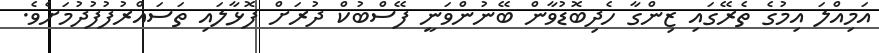
އަމިއްލަ އިމުގެ ތެރޭގައި ޒިންގާ ހެދިބޮޑުވާން ބޭނުންވަނީ ފޭސްބުކް ދުރަށް ފޮޅާލައި ތަސައްރުފުފުދުމަށެވެ.